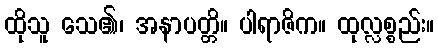
ထိုသူ သေ၏၊ အနာပတ္တိ။ ပါရာဇိက။ ထုလ္လစ္စည်း။